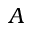
A